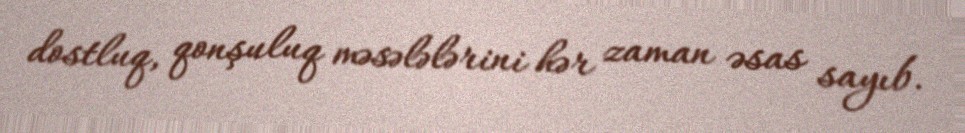
dostluq, qonşuluq məsələlərini hər zaman əsas sayıb.